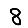
Digit: 8